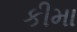
કીમા